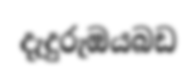
දැදුරුඔයබඩ